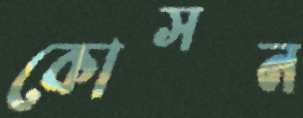
কোসন